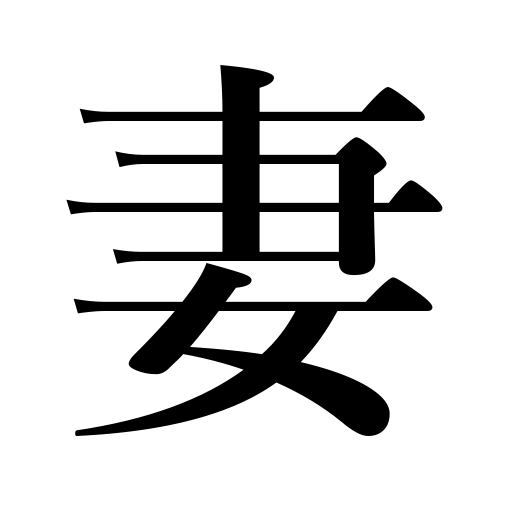
Meanings: my wife,wife,spouse